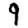
Digit: 9